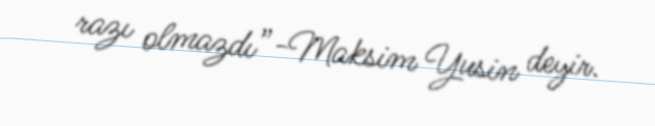
razı olmazdı”-Maksim Yusin deyir.